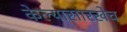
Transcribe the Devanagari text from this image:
केल्यासारखेच